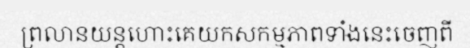
ព្រលានយន្តហោះគេយកសកម្មភាពទាំងនេះចេញពី